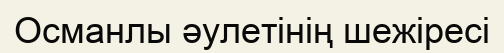
Османлы әулетінің шежіресі